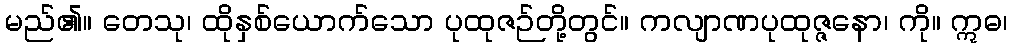
မည်၏။ တေသု၊ ထိုနှစ်ယောက်သော ပုထုဇဉ်တို့တွင်။ ကလျာဏပုထုဇ္ဇနော၊ ကို။ ဣဓ၊